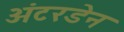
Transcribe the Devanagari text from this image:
अंटरडेन